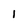
Character: 1